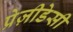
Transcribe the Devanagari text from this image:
प्रेज़ीडेसी